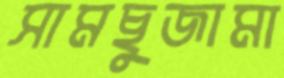
সামছুজামা